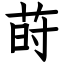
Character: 莳